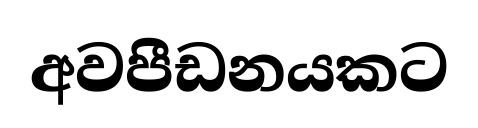
අවපීඩනයකට